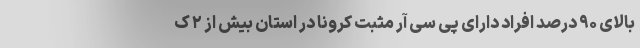
بالای ۹۰ درصد افراد دارای پی سی آر مثبت کرونا در استان بیش از ۲ ک